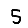
Digit: 5